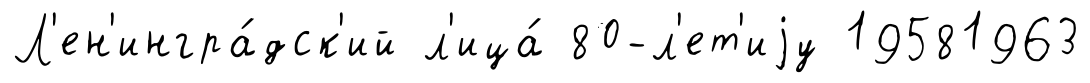
Л'ен'ингра́дск'ий л'ица́ 80-л'ет'иjу 19581963